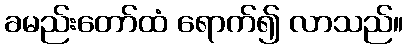
ခမည်းတော်ထံ ရောက်၍ လာသည်။